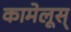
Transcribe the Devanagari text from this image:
कामेलूस्